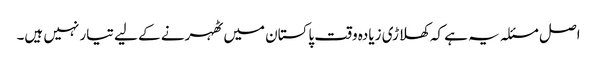
اصل مسئلہ یہ ہے کہ کھلاڑی زیادہ وقت پاکستان میں ٹھہرنے کے لیے تیار نہیں ہیں۔